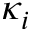
\kappa _ { i }